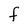
Character: F